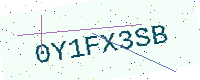
Text: 0Y1FX3SB